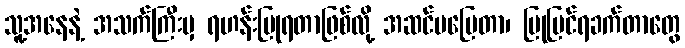
သူ့အနေနဲ့ အသက်ကြီးမှ ရဟန်းပြုရတာဖြစ်လို့ အဆင်မပြေတာ၊ ပြုပြင်ရခက်တာတွေ